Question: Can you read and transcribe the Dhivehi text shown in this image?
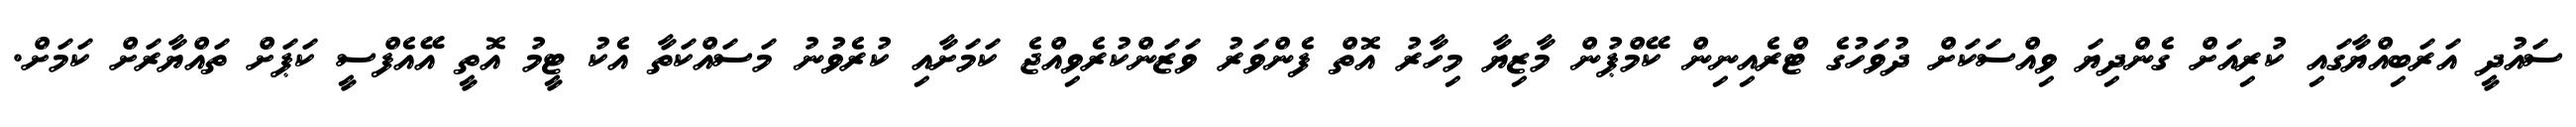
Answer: ސައުދީ އަރަބިއްޔާގައި ކުރިއަށް ގެންދިޔަ ވިއްސަކަށް ދުވަހުގެ ޓްރެއިނިން ކޭމްޕުން މާޒިޔާ މިހާރު އޮތް ފެންވަރު ވަޒަންކުރެވިއްޖެ ކަމަށާއި ކުރެވުނު މަސައްކަތާ އެކު ޓީމު އޮތީ އޭއެފްސީ ކަޕަށް ތައްޔާރަށް ކަމަށް.